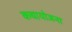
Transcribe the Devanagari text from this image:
कथायोजना